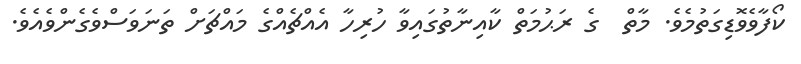
ކޯފާވެވޮޑިގަތުމެވެ. މާތް  ގެ ރަޙުމަތް ކާއިނާތުގައިވާ ހުރިހާ އެއްޗެއްގެ މައްޗަށް ތަނަވަސްވެގެންވެއެވެ.